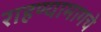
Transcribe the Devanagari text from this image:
राहण्यामागचे